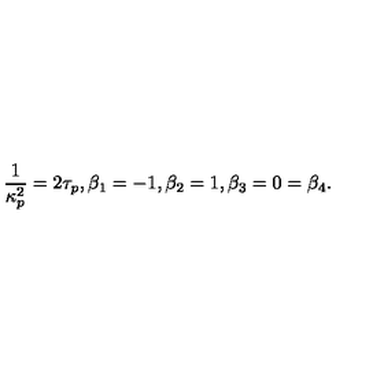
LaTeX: \frac { 1 } { \kappa _ { p } ^ { 2 } } = 2 \tau _ { p } , \beta _ { 1 } = - 1 , \beta _ { 2 } = 1 , \beta _ { 3 } = 0 = \beta _ { 4 } .